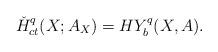
LaTeX: \begin{align*} \check H_{ct}^q(X;A_X)=HY^q_b(X,A). \end{align*}